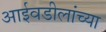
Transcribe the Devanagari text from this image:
आईवडीलांच्या